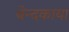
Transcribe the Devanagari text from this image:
बेन्दकाया